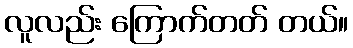
လူလည်း ကြောက်တတ် တယ်။